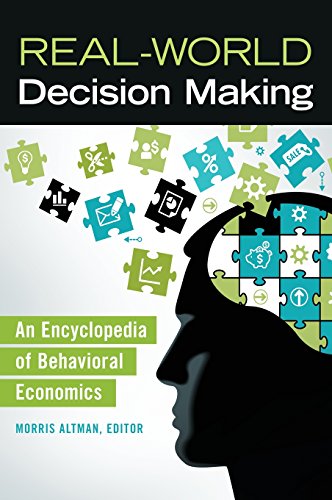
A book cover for Real-World Decision Making: An Encyclopedia of Behavioral Economics; Morris Altman; Business & Money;